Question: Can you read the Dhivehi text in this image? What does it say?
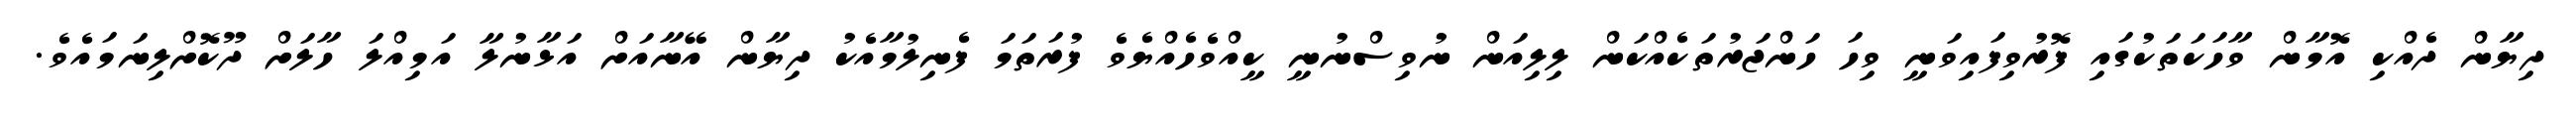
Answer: ދިޔާން ދެއްކި އޮމާން ވާހަކަތަކުގައި ފޮރުވިފައިވަނީ ވިހަ ހަންޖަރުތަކެއްކަން ލިލިއަން ނުވިސްނުނީ ކީއްވެހެއްޔެވެ ފުރަތަމަ ފެނިލުމާއެކު ދިޔާން އޭނާއަށް އަޅާނުލާ އަމިއްލަ ހާލަށް ދޫކޮށްލިނަމައެވެ.